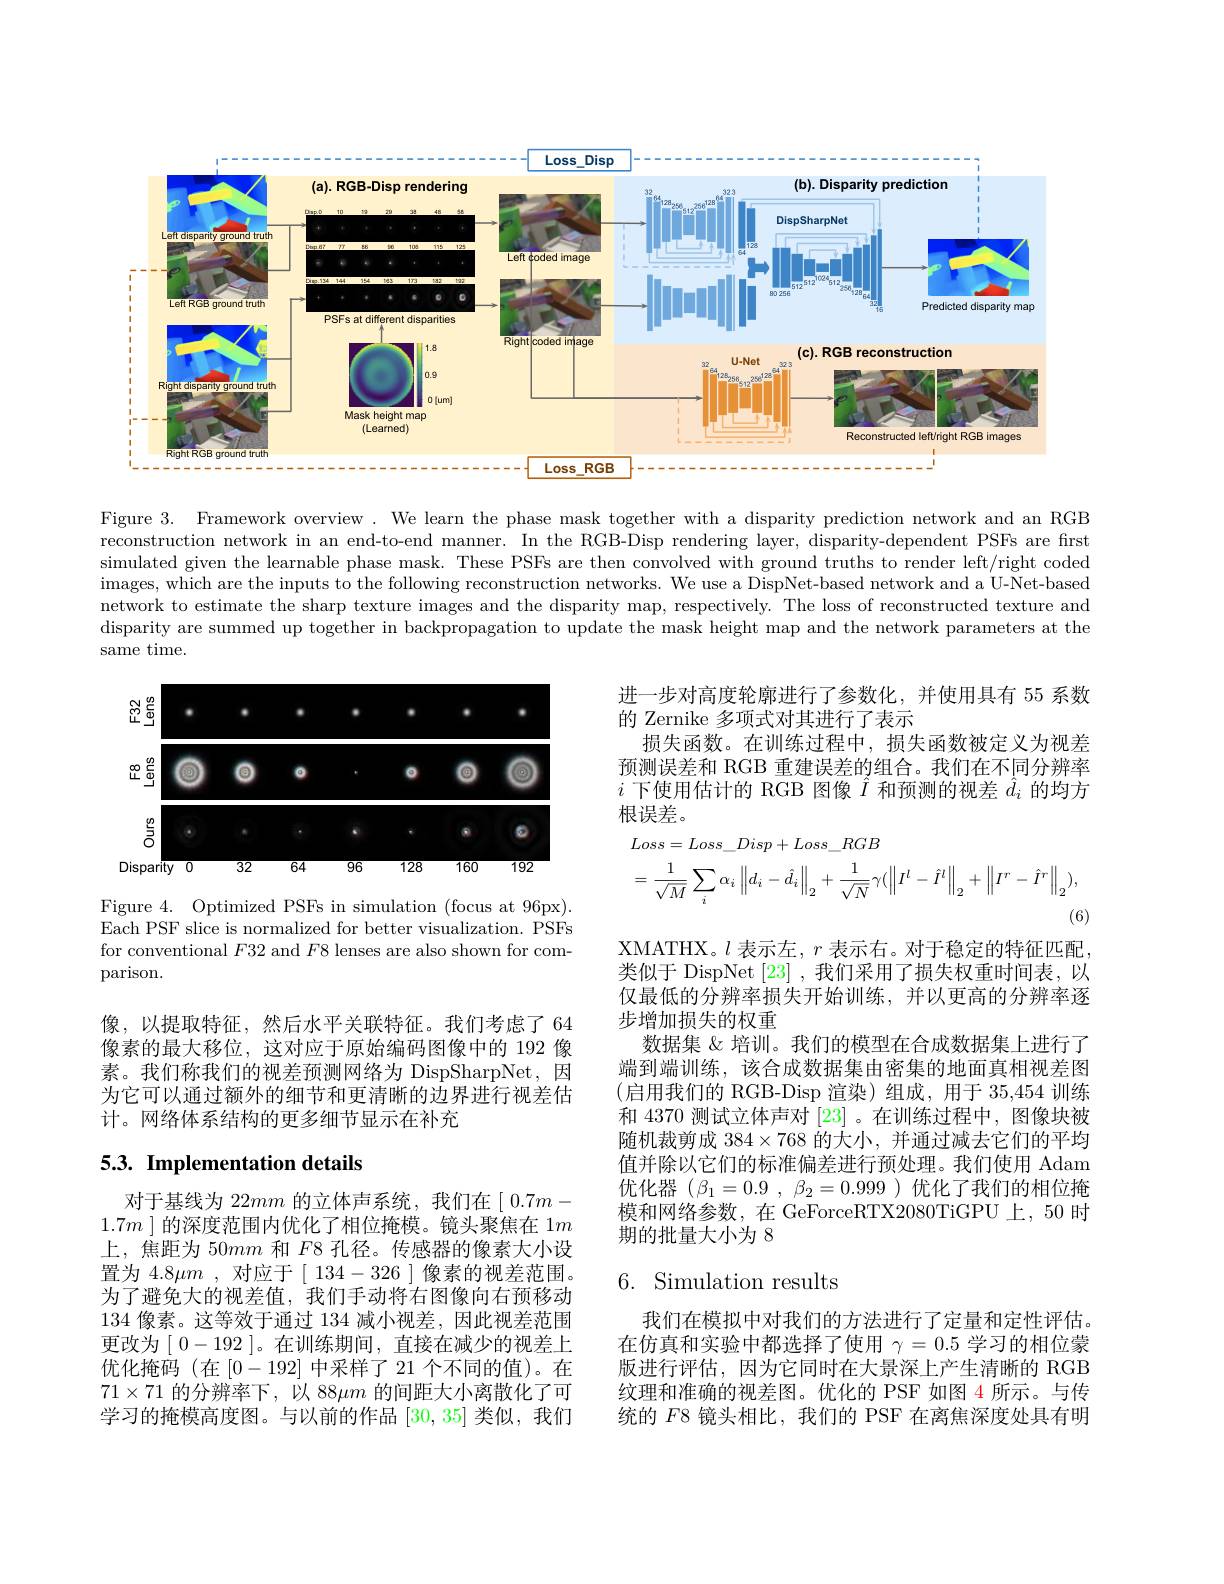
<FigureHere>

Figure 3. Framework overview. We learn the phase mask together with a disparity prediction network and an RGB reconstruction network in an end-to-end manner. In the RGB-Disp rendering layer, disparity-dependent PSFs are frst simulated given the learnable phase mask. These PSFs are then convolved with ground truths to render left/right coded $\begin{array}{c}\text{images, which are the inputs to the following reconstruction networks. We use a DispNet-based network and a U-Net-based}\end{array}$ network to estimate the sharp texture images and the disparity map, respectively. The loss of reconstructed texture and disparity are summed up together in backpropagation to update the mask height map and the network parameters at the same time.

进一步对高度轮廓进行了参数化，并使用具有 55 系数
的 Zernike 多项式对其进行了表示
损失函数。在训练过程中，损失函数被定义为视差预测误差和 RGB 重建误差的组合。我们在不同分辨率$i$下使用估计的 RGB 图像$\hat{I}$和预测的视差$\hat{d}_i$的均方根误差。
$$\begin{aligned}&Loss=Loss_Disp+Loss_RGB\\&=\frac{1}{\sqrt{M}}\sum_{i}\alpha_{i}\left\|d_{i}-\hat{d}_{i}\right\|_{2}+\frac{1}{\sqrt{N}}\gamma(\left\|I^{l}-\hat{I}^{l}\right\|_{2}+\left\|I^{r}-\hat{I}^{r}\right\|_{2}),\end{aligned}$$
<FigureHere>

Figure 4. Optimized PSFs in simulation (focus at 96px). Each PSF slice is normalized for better visualization. PSFs for conventional $F32$ and $F8$ lenses are also shown for comparison.

像，以提取特征，然后水平关联特征。我们考虑了64像素的最大移位，这对应于原始编码图像中的 192 像素。我们称我们的视差预测网络为 DispSharpNet,因为它可以通过额外的细节和更清晰的边界进行视差估计。网络体系结构的更多细节显示在补充

XMATHX。$l$表示左，$r$表示右。对于稳定的特征匹配类似于 DispNet [23] , 我们采用了损失权重时间表，以仅最低的分辨率损失开始训练，并以更高的分辨率逐步增加损失的权重
数据集 &培训。我们的模型在合成数据集上进行了端到端训练，该合成数据集由密集的地面真相视差图(启用我们的 RGB-Disp 渲染)组成，用于 35,454 训练和 4370 测试立体声对 [23] 。在训练过程中，图像块被随机裁剪成 384$\times768$的大小，并通过减去它们的平均值并除以它们的标准偏差进行预处理。我们使用 Adam 优化器$( \beta _1= 0. 9$ , $\beta _2= 0. 999$ )优化了我们的相位掩模和网络参数，在 GeForceRTX2080TiGPU 上，50 时期的批量大小为 8

# 5.3. Implementation details

# 6. Simulation results

对于基线为 22$mm$的立体声系统，我们在[ 0.7$m-$ $1. 7m$ ]的深度范围内优化了相位掩模。镜头聚焦在 1$m$ 上，焦距为 50mm 和$F$8 孔径。传感器的像素大小设置为 4.8$\mu m$ , 对应于[ 134-326 ] 像素的视差范围。为了避免大的视差值，我们手动将右图像向右预移动134像素。这等效于通过 134 减小视差，因此视差范围更改为[0-192]。在训练期间，直接在减少的视差上优化掩码(在[0-192]中采样了 21 个不同的值)。在$71\times71$的分辨率下，以 88$\mu m$的间距大小离散化了可学习的掩模高度图。与以前的作品[30,35]类似，我们

我们在模拟中对我们的方法进行了定量和定性评估。在仿真和实验中都选择了使用$\gamma=0.5$学习的相位蒙版进行评估，因为它同时在大景深上产生清晰的 RGB 纹理和准确的视差图。优化的 PSF 如图 4 所示。与传统的$F$8 镜头相比，我们的 PSF 在离焦深度处具有明